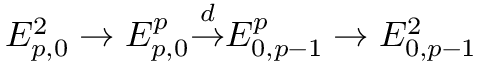
E _ { p , 0 } ^ { 2 } \to E _ { p , 0 } ^ { p } { \overset { d } { \to } } E _ { 0 , p - 1 } ^ { p } \to E _ { 0 , p - 1 } ^ { 2 }